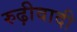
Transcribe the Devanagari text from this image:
रुढ़ीवादी